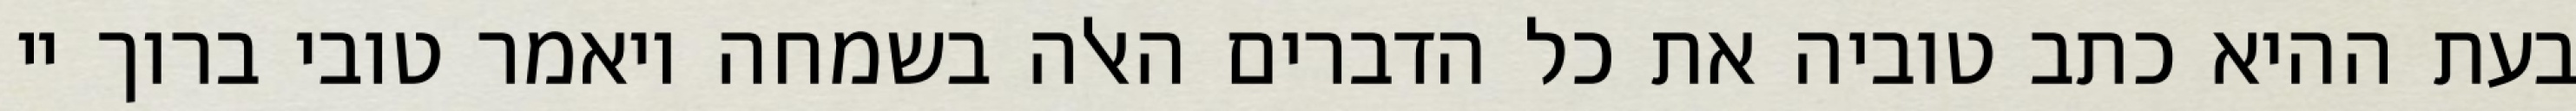
בעת ההיא כתב טוביה את כל הדברים האלה בשמחה ויאמר טובי ברוך יי